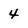
Character: 4